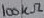
Text: 100KΩ